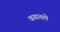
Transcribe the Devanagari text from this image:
वयातले